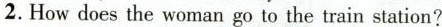
2.Howdoes the woman go to the train station?